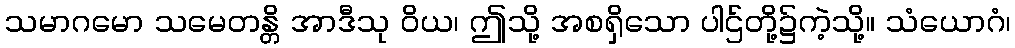
သမာဂမော သမေတန္တိ အာဒီသု ဝိယ၊ ဤသို့ အစရှိသော ပါဌ်တို့၌ကဲ့သို့။ သံယောဂံ၊